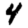
Digit: 4